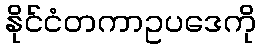
နိုင်ငံတကာဥပဒေကို